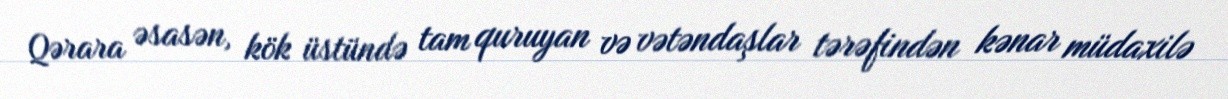
Qərara əsasən, kök üstündə tam quruyan və vətəndaşlar tərəfindən kənar müdaxilə